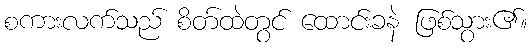
စကားလက်သည် စိတ်ထဲတွင် ထောင်းခနဲ ဖြစ်သွား၏။